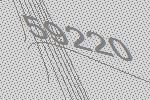
59220